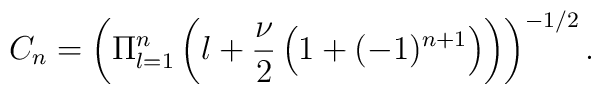
C_{n}=\left(\Pi_{l=1}^{n}\left(l+\frac{\nu}{2}\left(1+(-1)^{n+1}\right)\right) \right)^{-1/2}.